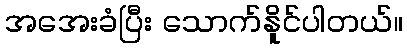
အအေးခံပြီး သောက်နိူင်ပါတယ်။